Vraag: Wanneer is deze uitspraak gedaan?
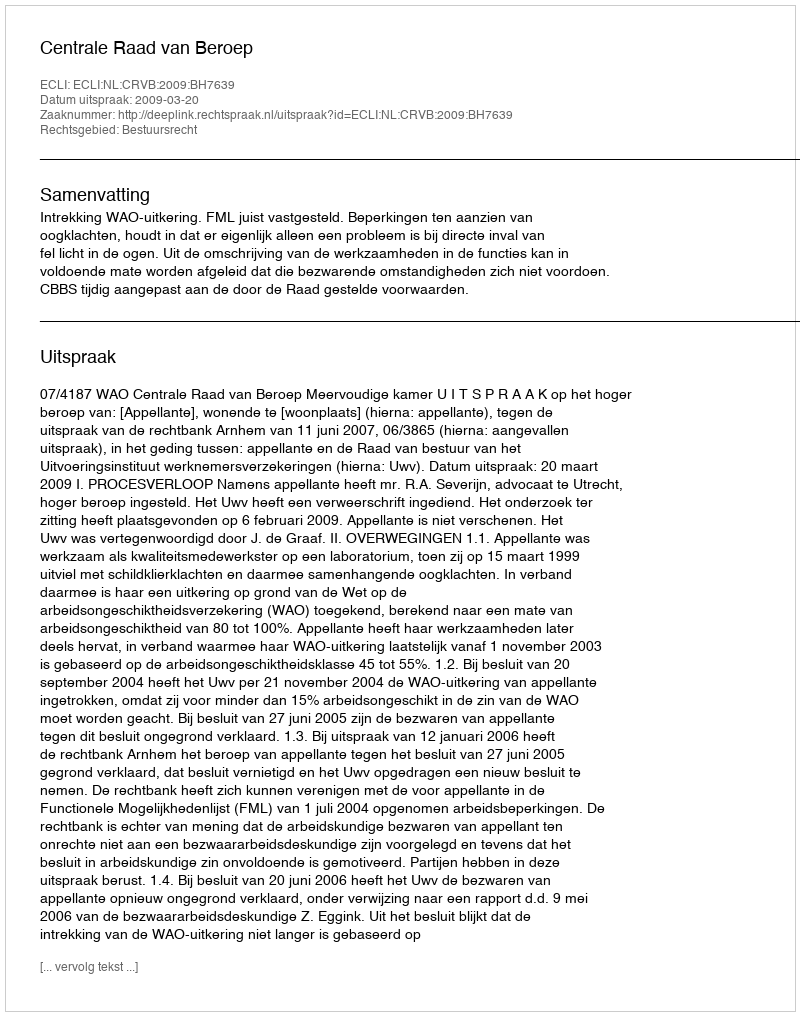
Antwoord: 2009-03-20